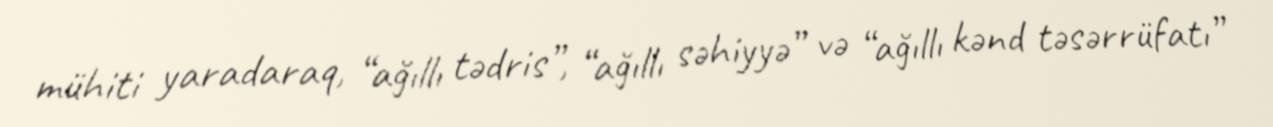
mühiti yaradaraq, “ağıllı tədris”, “ağıllı səhiyyə” və “ağıllı kənd təsərrüfatı”